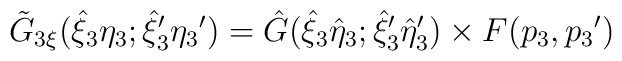
{\tilde G}_{3 \xi}({\hat \xi}_3  {\eta}_3; {{\hat \xi}_3}' {{\eta}_3}')= {\hat G}({{\hat \xi}_3} {\hat \eta}_3; {{\hat \xi}_3}' {{\hat \eta}_3}')\times F(p_3, {p_3}')